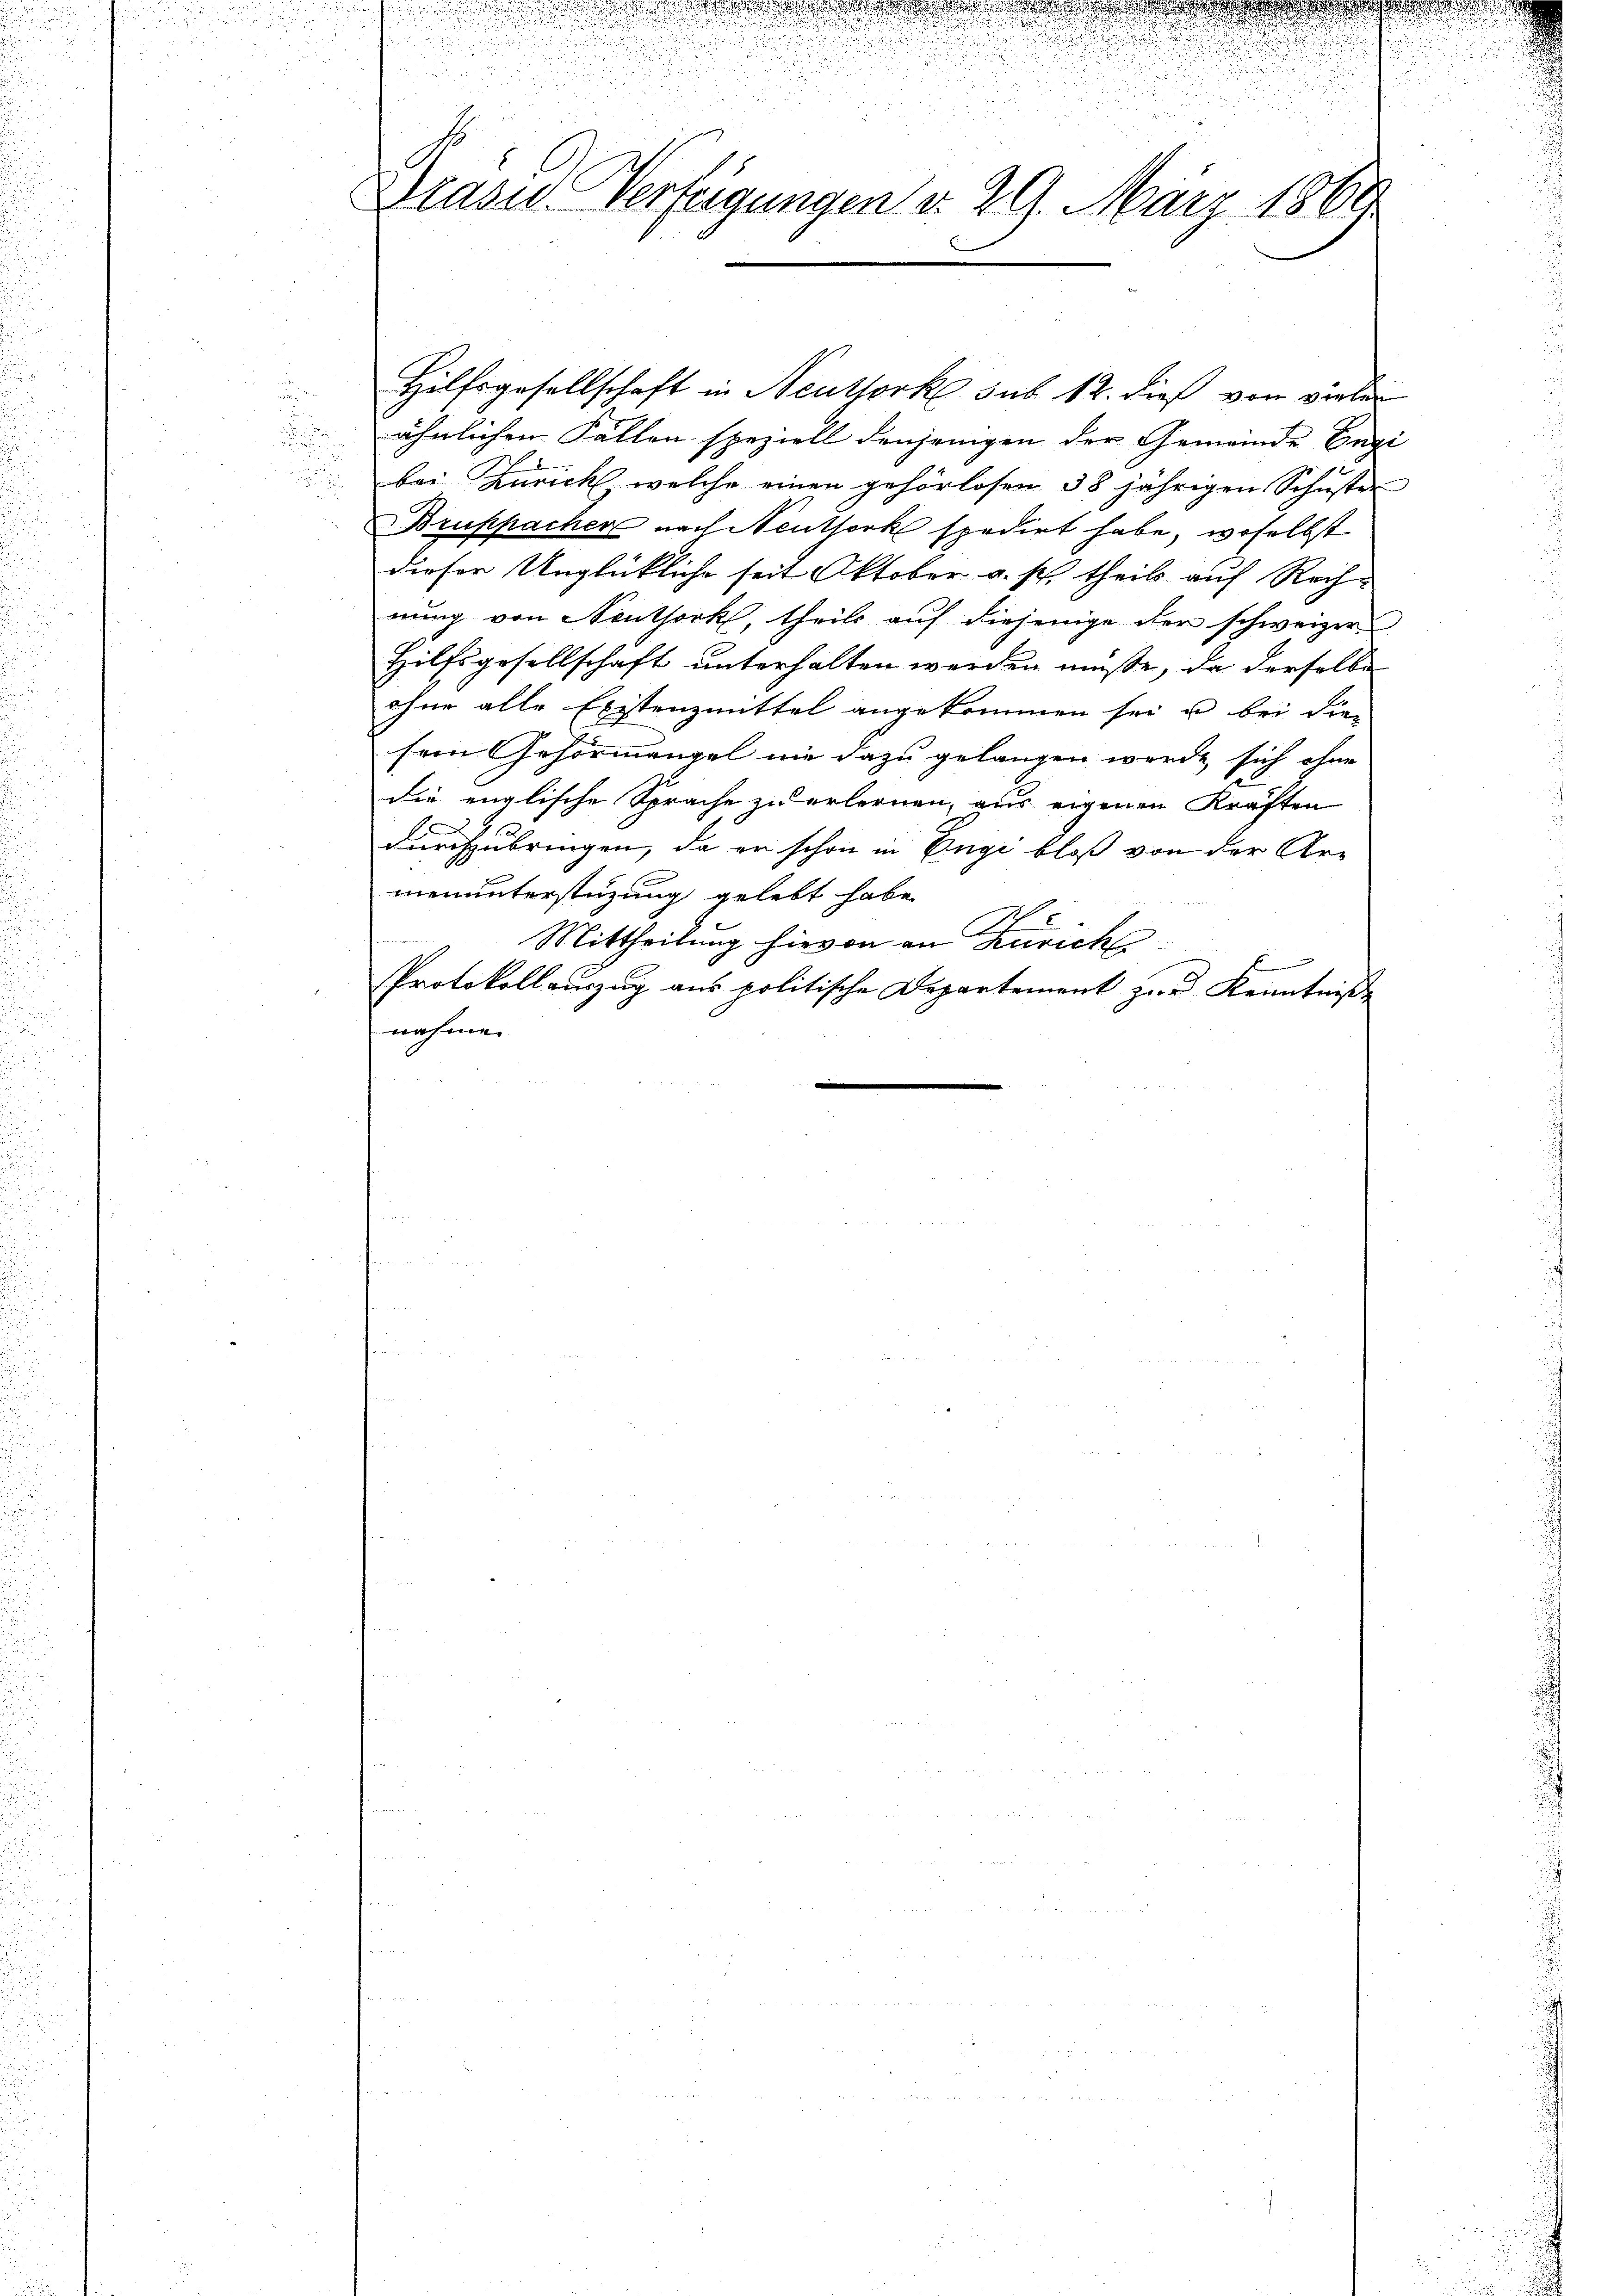
u
Draser Verfügungen d. 29. März 1860.

Hilfsgesellschaft in Neuttork sub 12. dieß von vieler
ähnlichen Fällen speziell denjenigen der Gemeinde Engi
bei Zürich welche einen gehörlosen 38 jährigen Schuster
Bruppacher nach Neuthork spedirt habe, woselbst
dieser Unglückliche seit Oktober a. p. theils auf Rech-
nung von Neuthork, theils auf diejenige der schweizer
Hilfsgesellschaft unterhalten werden müße, da derselbe
ohne alle Existenzmittel angekommen sei u bei die
sein Gehörmangel nie dazu gelangen werde sich ohne
die englische Sprache zu erlernen, aus eigenen Kräften
durchzubringen, da er schon in Engi bloß von der Armenunterstüzung gelebt habe.
Mittheilung hievon an Zürich
Protokollauszug aus politische Departement zur Kenntniße
nahme.

u